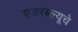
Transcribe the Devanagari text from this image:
एअरब्ल्यूचे